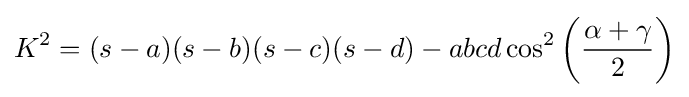
K^{2}=(s-a)(s-b)(s-c)(s-d)-abcd\cos ^{2}\left({\frac {\alpha +\gamma }{2}}\right)